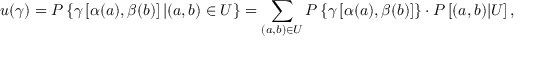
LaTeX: u ( \gamma ) = P \left\{ \gamma \left[ \alpha ( a ) , \beta ( b ) \right] | ( a , b ) \in U \right\} = \sum _ { ( a , b ) \in U } P \left\{ \gamma \left[ \alpha ( a ) , \beta ( b ) \right] \right\} \cdot P \left[ ( a , b ) | U \right] ,